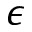
\epsilon